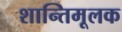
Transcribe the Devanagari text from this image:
शान्तिमूलक